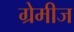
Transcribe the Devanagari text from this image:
ग्रेमीज